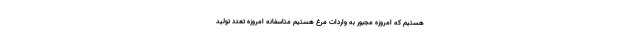
هستیم که امروزه مجبور به واردات مرغ هستیم متاسفانه امروزه تعدد تولید